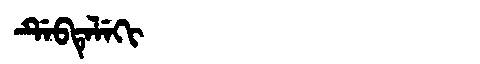
Manchu: ᡩᡝᠪᡨᡝᠯᡝᡴᡳ
Romanization: DEBTELEKI